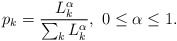
\begin{align*}p_k=\frac{L^{\alpha}_k}{\sum_{k}L^{\alpha}_k}, \ 0\le \alpha\le 1.\end{align*}